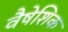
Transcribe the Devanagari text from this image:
वैषेशिक